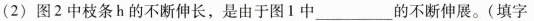
(2) 图2中枝条h的不断伸长，是由于图1中___的不断伸展。(填字